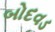
બોદવડ